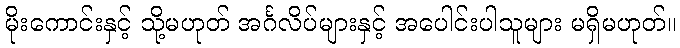
မိုးကောင်းနှင့် သို့မဟုတ် အင်္ဂလိပ်များနှင့် အပေါင်းပါသူများ မရှိမဟုတ်။